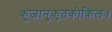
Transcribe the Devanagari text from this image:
कूजानुकृतकोकिलः।